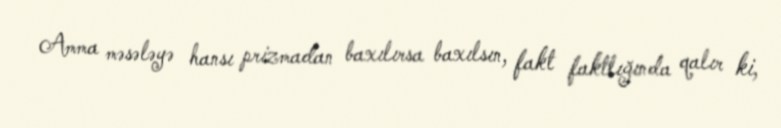
Amma məsələyə hansı prizmadan baxılırsa baxılsın, fakt faktlığında qalır ki,